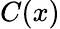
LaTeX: C(x)